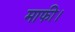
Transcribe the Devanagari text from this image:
माफी।